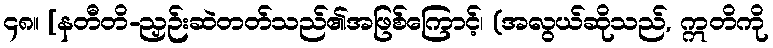
၄၈။ [နတီတိ-ညှဉ်းဆဲတတ်သည်၏အဖြစ်ကြောင့်၊ (အလွယ်ဆိုသည်, ဣတိကို